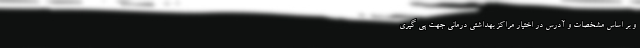
و بر اساس مشخصات و آدرس در اختیار مراکز بهداشتی درمانی جهت پی گیری